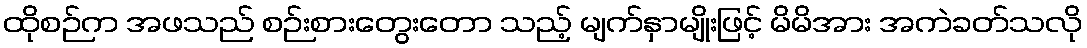
ထိုစဉ်က အဖသည် စဉ်းစားတွေးတော သည့် မျက်နှာမျိုးဖြင့် မိမိအား အကဲခတ်သလို